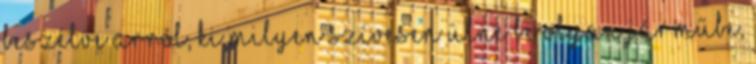
beszélve arról, ki milyen szívesen ülne be olyan járműbe,